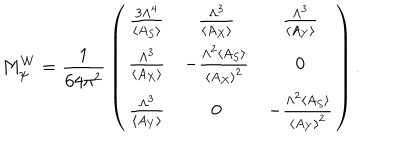
LaTeX: M _ { \psi } ^ { W } = { \frac { 1 } { 6 4 \pi ^ { 2 } } } \left( \begin{array} { c c c } { { { \frac { 3 \Lambda ^ { 4 } } { \langle A _ { S } \rangle } } } } & { { { \frac { \Lambda ^ { 3 } } { \langle A _ { X } \rangle } } } } & { { { \frac { \Lambda ^ { 3 } } { \langle A _ { Y } \rangle } } } } \\ { { { \frac { \Lambda ^ { 3 } } { \langle A _ { X } \rangle } } } } & { { - { \frac { \Lambda ^ { 2 } \langle A _ { S } \rangle } { \langle A _ { X } \rangle ^ { 2 } } } } } & { { 0 } } \\ { { { \frac { \Lambda ^ { 3 } } { \langle A _ { Y } \rangle } } } } & { { 0 } } & { { - { \frac { \Lambda ^ { 2 } \langle A _ { S } \rangle } { \langle A _ { Y } \rangle ^ { 2 } } } } } \\ \end{array} \right) .